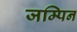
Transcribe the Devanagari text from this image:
जम्पिन